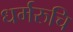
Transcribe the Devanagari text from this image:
धर्मरुचि